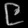
Digit: ၉